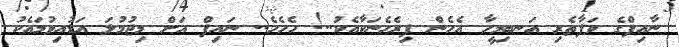
ނާއިފްގެ ވަފާތެރި އަނބިމީހާ އެހެން ފިރެހެނަކާއެކު..! ހެހެހެ.. ނައިފް އަށް މިޖުމުލަ އަޑުއިވުމައެކު